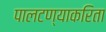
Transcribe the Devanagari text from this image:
पालटण्याकरिता